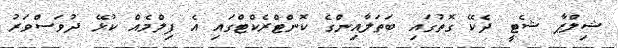
ޝިލްޕާ ޝެޓީ ދެކޭ ގޮތުގައި ބަތަލާއިންގެ ކޮންޓްރެކްޓްގައި އެ ފިލްމެއް ކުޅޭ ދުވަސްވަރު